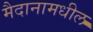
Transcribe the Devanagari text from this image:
मैदानामधील